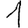
Digit: 1